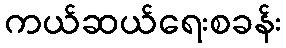
ကယ်ဆယ်ရေးစခန်း